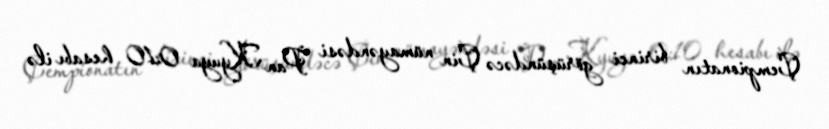
Çempionatın birinci görüşündəcə Çin nümayəndəsi Pan Kyuya 0:10 hesabı ilə